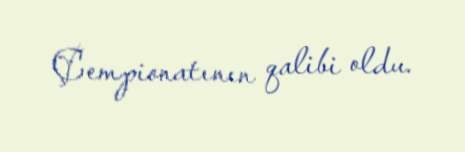
Çempionatının qalibi oldu.